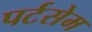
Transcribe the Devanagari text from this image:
पर्टसेम